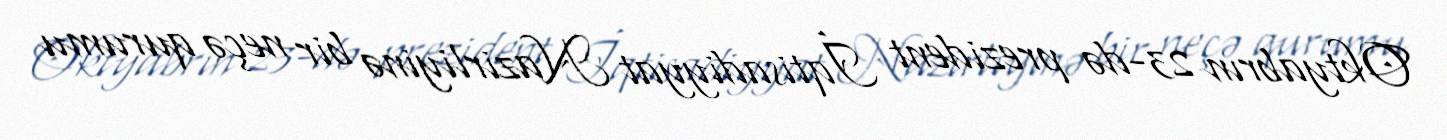
Oktyabrın 23-də prezident İqtisadiyyat Nazirliyinə bir neçə qurumu